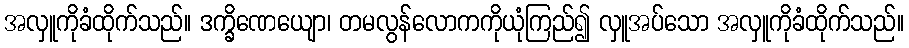
အလှူကိုခံထိုက်သည်။ ဒက္ခိဏေယျော၊ တမလွန်လောကကိုယုံကြည်၍ လှူအပ်သော အလှူကိုခံထိုက်သည်။